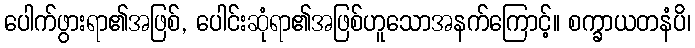
ပေါက်ဖွားရာ၏အဖြစ်, ပေါင်းဆုံရာ၏အဖြစ်ဟူသောအနက်ကြောင့်။ စက္ခာယတနံပိ၊